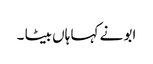
ابو نے کہا ہاں بیٹا ۔